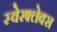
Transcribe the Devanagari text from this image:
स्वेरफ्लेक्स